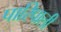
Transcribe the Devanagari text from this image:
पारिपाली